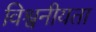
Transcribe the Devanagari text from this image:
विश्वनीयता